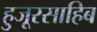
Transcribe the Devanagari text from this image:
हुजूरसाहिब